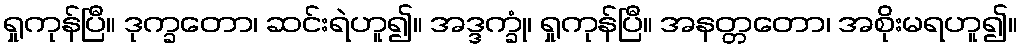
ရှုကုန်ပြီ။ ဒုက္ခတော၊ ဆင်းရဲဟူ၍။ အဒ္ဒက္ခုံ၊ ရှုကုန်ပြီ။ အနတ္တတော၊ အစိုးမရဟူ၍။